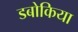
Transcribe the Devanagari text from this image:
डबोकिया